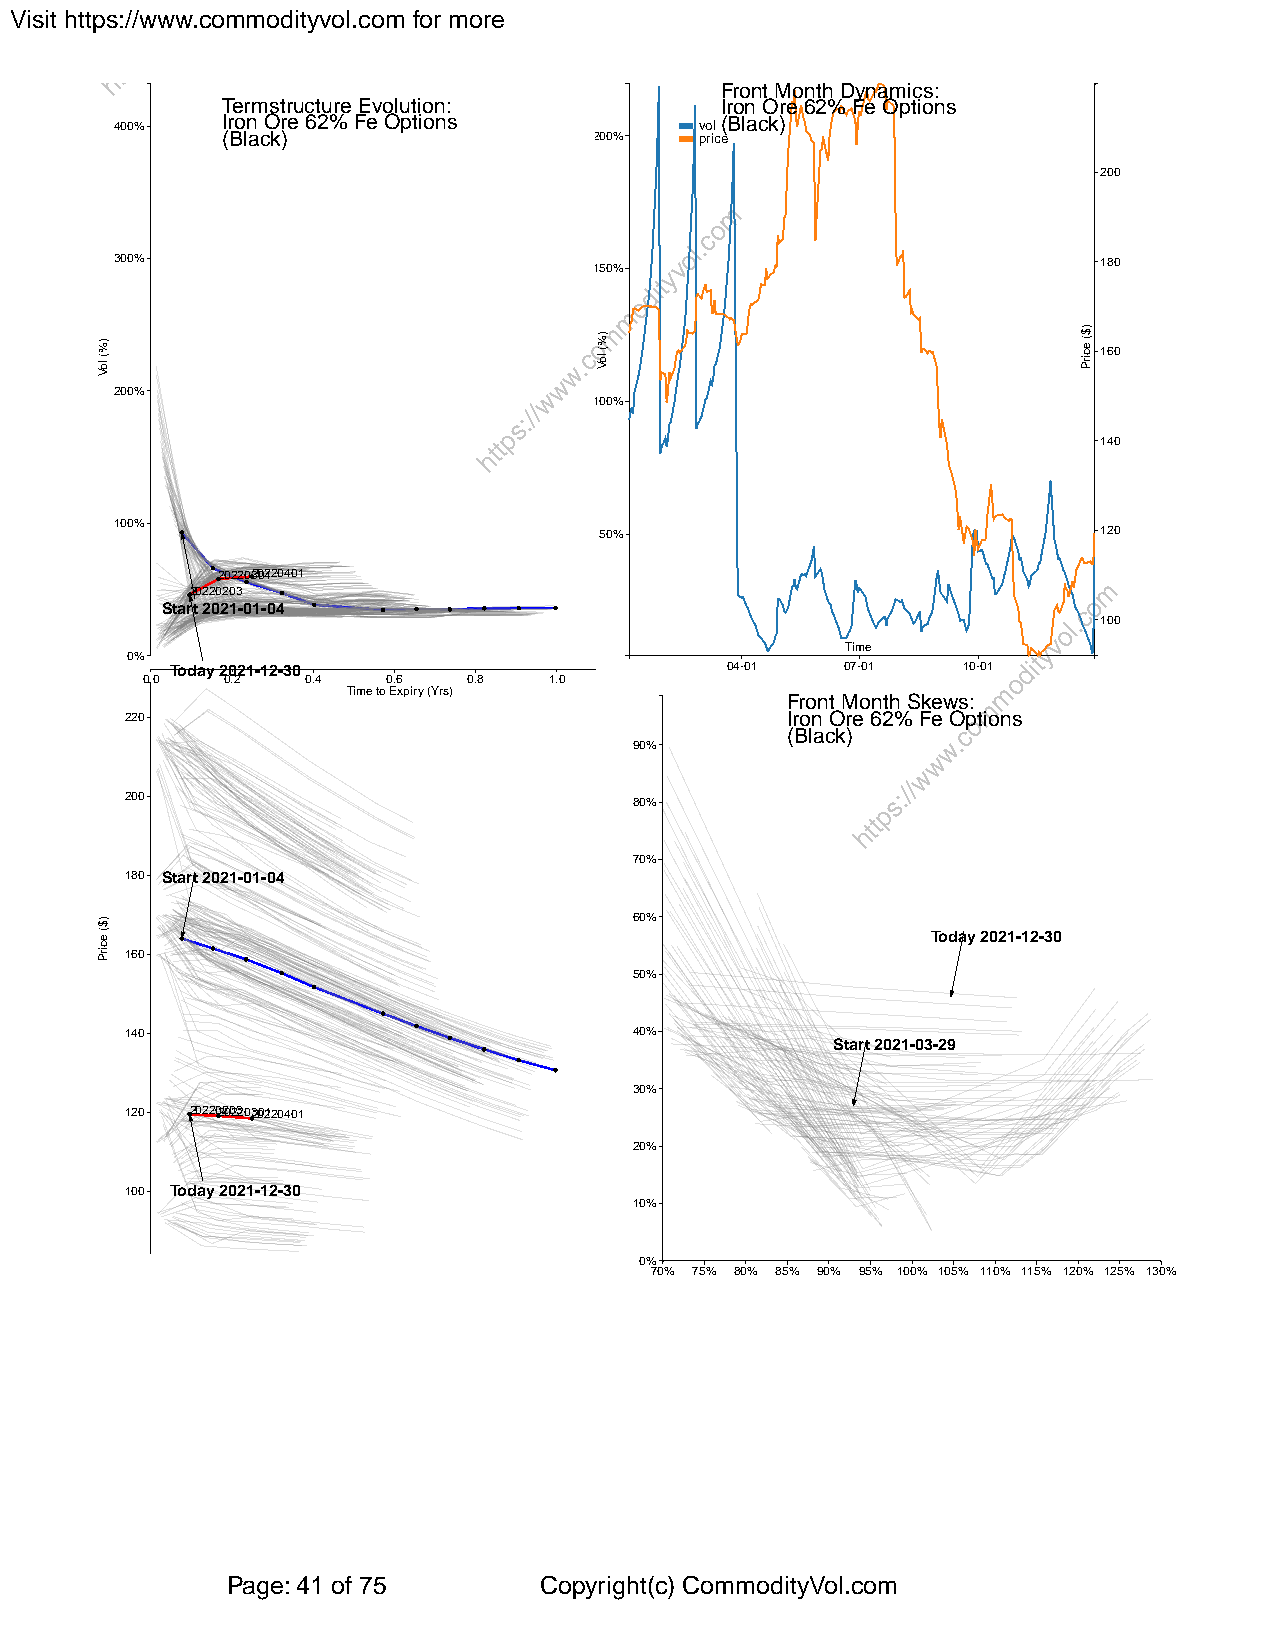
Visit https://www.commodityvol.com for more
 Front Month Dynamics:
 Termstructure Evolution:         Iron Ore 62% Fe Options
 400%
 Iron Ore 62% Fe Options        vol(Black)
 (Black)                 200%   price
 200
 300%                                                             180
 150%
 160
 200%
 100%
 140
 100%
 50%                              120
 2022032001220401
 20220203
 Start 2021-01-04
 100
 Time
 0%
 Today 2021-12-30                     04-01   07-01   10-01
 0.0   0.2  0.4   0.6  0.8  1.0
 Time to Expiry (Yrs)
 Front Month Skews:
 220                                         Iron Ore 62% Fe Options
 (Black)
 90%
 200                               80%
 70%
 180 Start 2021-01-04
 60%
 Today 2021-12-30
 160
 50%
 140                               40%
 Start 2021-03-29
 30%
 120  202202200232032001220401
 20%
 100 Today 2021-12-30
 10%
 0%
 70% 75% 80% 85% 90% 95% 100% 105% 110% 115% 120% 125% 130%
 Page: 41 of 75       Copyright(c) CommodityVol.com
 )%(
 loV
 )$(
 ecirP
 )%(
 loV
 )$(
 ecirP